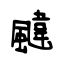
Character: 颹